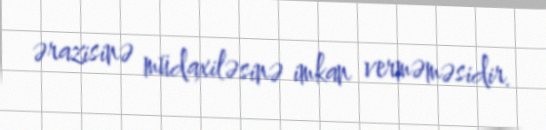
ərazisinə müdaxiləsinə imkan verməməsidir.